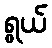
ရွယ်